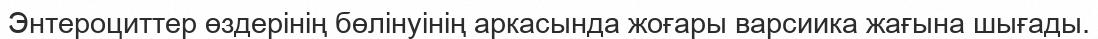
Энтероциттер өздерінің бөлінуінің аркасында жоғары варсиика жағына шығады.